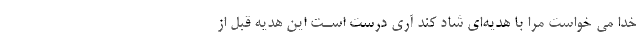
خدا می خواست مرا با هدیه‌ای شاد کند آری درست اسـت این هدیه قبل از